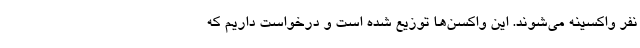
نفر واکسینه می‌شوند. این واکسن‌ها توزیع شده است و درخواست داریم که